Source: Computer-generated
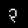
Digit: ၃ (3)